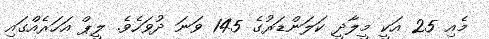
މެއި 25 އަކީ މީލާދީ ކަލަންޑަރުގެ 145 ވަނަ ދުވަހެވެ. ލީޕް އަހަރެއްގައި